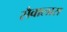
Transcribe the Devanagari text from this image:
सैवालास